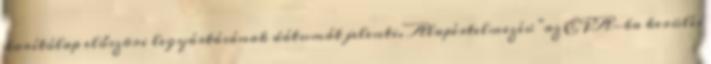
borítólap előszöri legyártásának dátumát jelenti. Alapértelmezés: "az EPA-ba kerülés